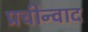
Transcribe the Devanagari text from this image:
प्रचीन्वाद